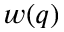
w ( q )